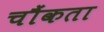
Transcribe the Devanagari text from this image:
चौंकता